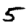
Digit: 5